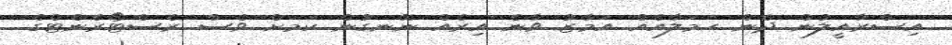
އިސްރާއީލުން ދެން ހަމަލާއެއް އަމާޒު ވާނެ އިރެއް ނޭނގުން ކަމަށް ވެސް ރެސްޓޯރެންޓްގެ